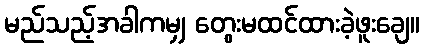
မည်သည့်အခါကမျှ တွေးမထင်ထားခဲ့ဖူးချေ။